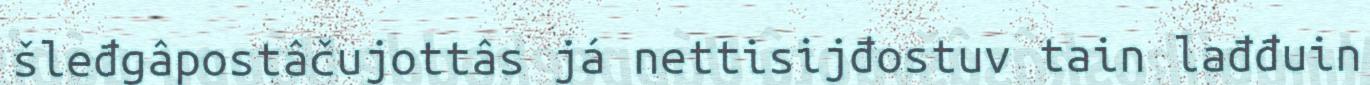
šleđgâpostâčujottâs já nettisijđostuv tain lađđuin